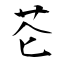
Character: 芲